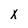
Character: x